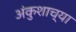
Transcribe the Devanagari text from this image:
अंकुशाच्या